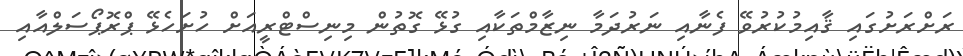
ރަށްރަށުގައި ޤާއިމުކުރުވޭ ފެނާއި ނަރުދަމާ ނިޒާމްތަކާއި ގުޅޭ ގޮތުން މިނިސްޓްރީއަށް ހުށަހެޅޭ ޕްރޮޕޯސަލްއާއި